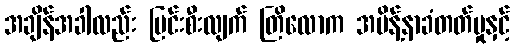
အချိန်အခါလည်း မြင်းစီးလျက် တြိလောက အမိန့်နာခံတတ်မှုနှင့်